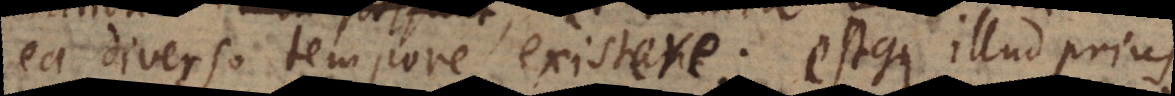
ea diverso tempore existere; estque i